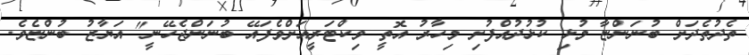
ތެދުތެދަށް ބުނަންޏާ މުޅި ކުޅުދުއްފުށި މިހާރު އޮތީ ވިކްޓަރީއަށްވެފައޭ ބުނަންޖެހޭނީ" އަޔާޒު ބުންޏެވެ.